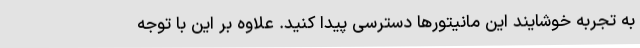
به تجربه خوشایند این مانیتورها دسترسی پیدا کنید. علاوه بر این با توجه